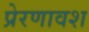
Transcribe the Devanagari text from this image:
प्रेरणावश